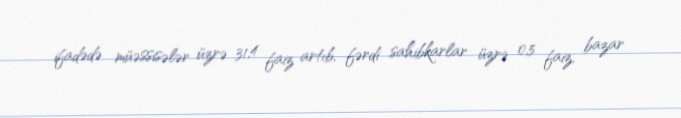
ifadədə müəssisələr üzrə 31,4 faiz artıb, fərdi sahibkarlar üzrə 0,5 faiz, bazar